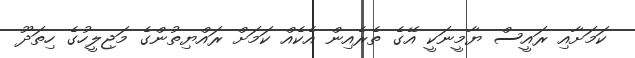
ކަމަށާއި ރައީސް ޔާމީނަކީ އޭގެ ތެރެއިން އެކެއް ކަމަށް ރައްޔިތުންގެ މަޖިލީހުގެ ހިތަދޫ